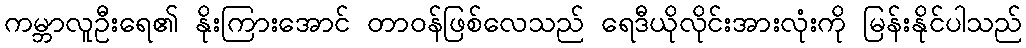
ကမ္ဘာလူဦးရေ၏ နိုးကြားအောင် တာဝန်ဖြစ်လေသည် ရေဒီယိုလိုင်းအားလုံးကို မြန်းနိုင်ပါသည်